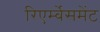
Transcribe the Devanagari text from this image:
रिएर्म्बेसमेंट